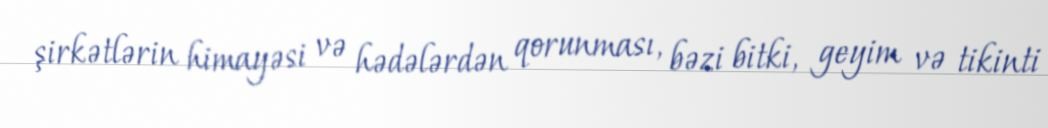
şirkətlərin himayəsi və hədələrdən qorunması, bəzi bitki, geyim və tikinti